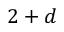
2 + d